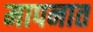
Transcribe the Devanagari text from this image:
मापनात